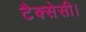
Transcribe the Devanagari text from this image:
टैक्सेसी।